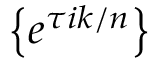
\left\{ e ^ { \tau i k / n } \right\}